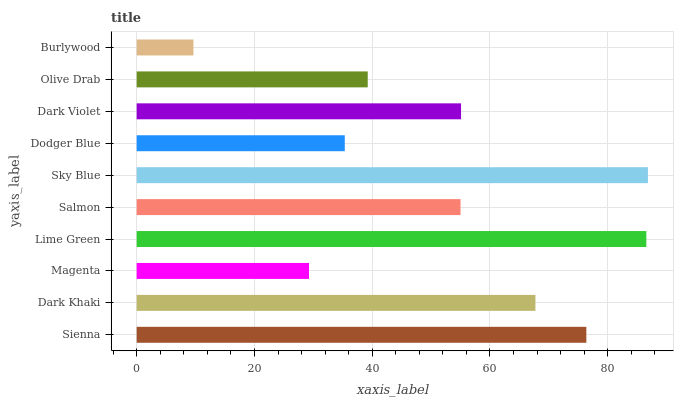
| yaxis_label | bars |
 | --- | --- |
 | Sienna | 76.4 |
 | Dark Khaki | 67.7 |
 | Magenta | 29.3 |
 | Lime Green | 86.5 |
 | Salmon | 55 |
 | Sky Blue | 86.8 |
 | Dodger Blue | 35.3 |
 | Dark Violet | 55.1 |
 | Olive Drab | 39.2 |
 | Burlywood | 9.64 |